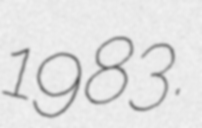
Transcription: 1983.